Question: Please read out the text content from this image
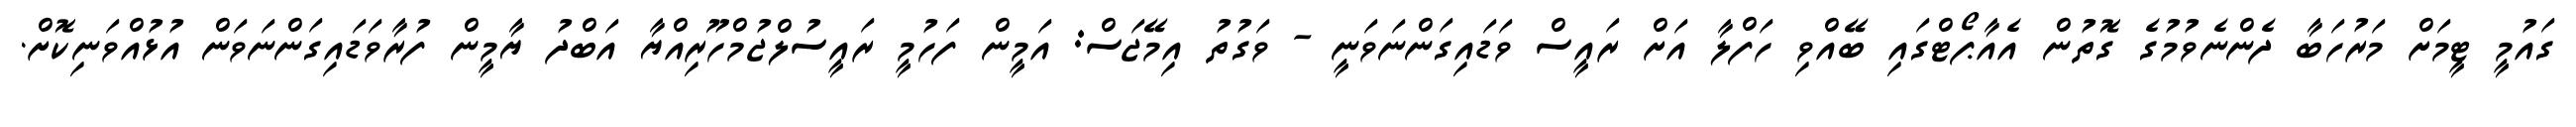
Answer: ގައުމީ ޓީމަށް މަރުހަބާ ދެންނެވުމުގެ ގޮތުން އެއާޕޯޓްގައި ބޭއްވި ހަފްލާ އަށް ރައީސް ވަޑައިގަންނަވަނީ - ވަގުތު އިމޭޖަސް: އަމީން ފަހުމީ ރައީސުލްޖުމްހޫރިއްޔާ އަބްދު ޔާމީން ފުރާވަޑައިގަންނަވަން އުޅުއްވަނިކޮށް.